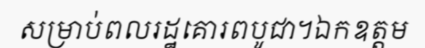
សម្រាប់ពលរដ្ឋគោរពបូជា។ឯកឧត្តម